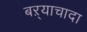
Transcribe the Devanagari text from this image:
बऱ्याचादा